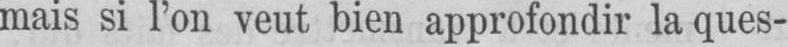
mais si l’on veut bien approfondir la ques-